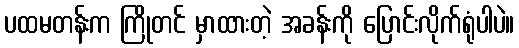
ပထမတန်းက ကြိုတင် မှာထားတဲ့ အခန်းကို ပြောင်းလိုက်ရုံပါပဲ။